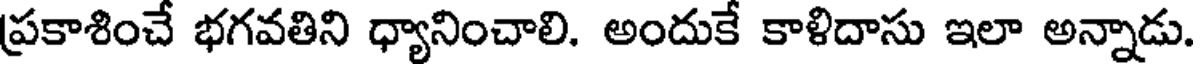
ప్రకాశించే భగవతిని ధ్యానించాలి. అందుకే కాళిదాసు ఇలా అన్నాడు.